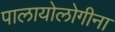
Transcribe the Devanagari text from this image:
पालायोलोगीना